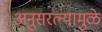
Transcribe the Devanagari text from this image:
अनुसरल्यामुळे